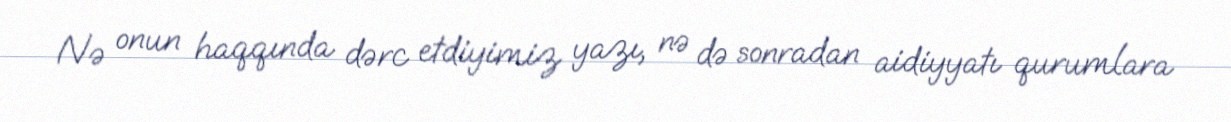
Nə onun haqqında dərc etdiyimiz yazı, nə də sonradan aidiyyatı qurumlara